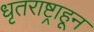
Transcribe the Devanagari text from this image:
धृतराष्ट्राहून